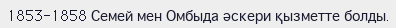
1853-1858 Семей мен Омбыда әскери қызметте болды.